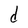
Character: d